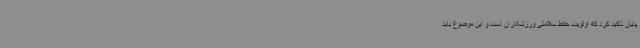
پایان تاکید کرد که اولویت حفظ سلامتی ورزشکاران است و این موضوع باید